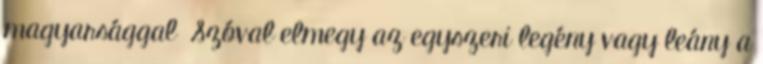
magyarsággal Szóval elmegy az egyszeri legény vagy leány a